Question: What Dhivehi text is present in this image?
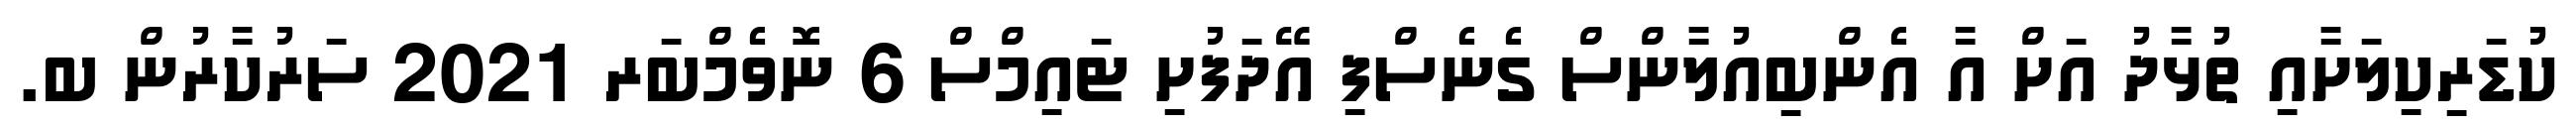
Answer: ކުޑަރިކިލަށާއި ތުޅާދު އަށް އާ އެންބިއުލާންސް ގެނެސްފި އޭދަފުށި ޓައިމްސް 6 ނޮވެމްބަރ 2021 ސަރުކާރުން ބ.